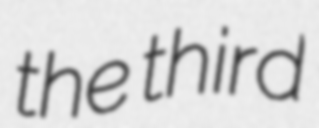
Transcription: the third